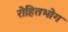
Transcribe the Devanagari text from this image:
रोहितभोग